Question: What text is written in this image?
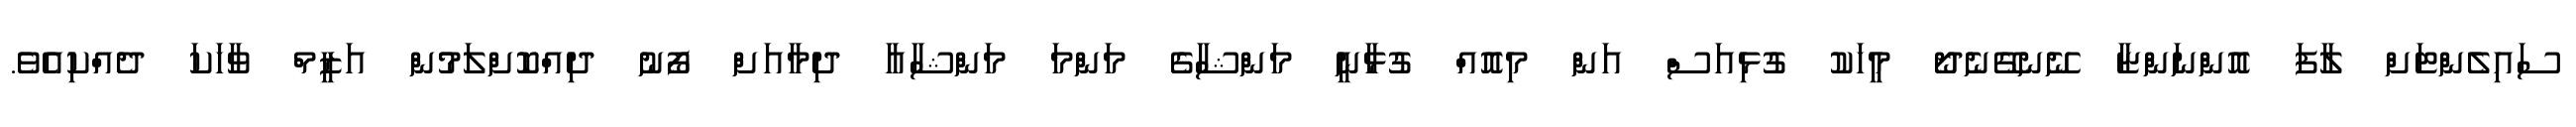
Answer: ސައިލެންޓަށް ލާފަ އޮންނަންޏާ ނޭނގޭނެދޯ މީހަކު ގުޅިއަސް އަން މިއޮއް ގުޅާނީ މަންޝާގެ މަންމަ މަންޝާއާ ދިމާއަށް ފޯނު ދިއްކޮށްލަމުން އަޒީމް ވާހަކަ ދެއްކިއެވެ.